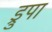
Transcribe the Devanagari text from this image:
ड्रुपा